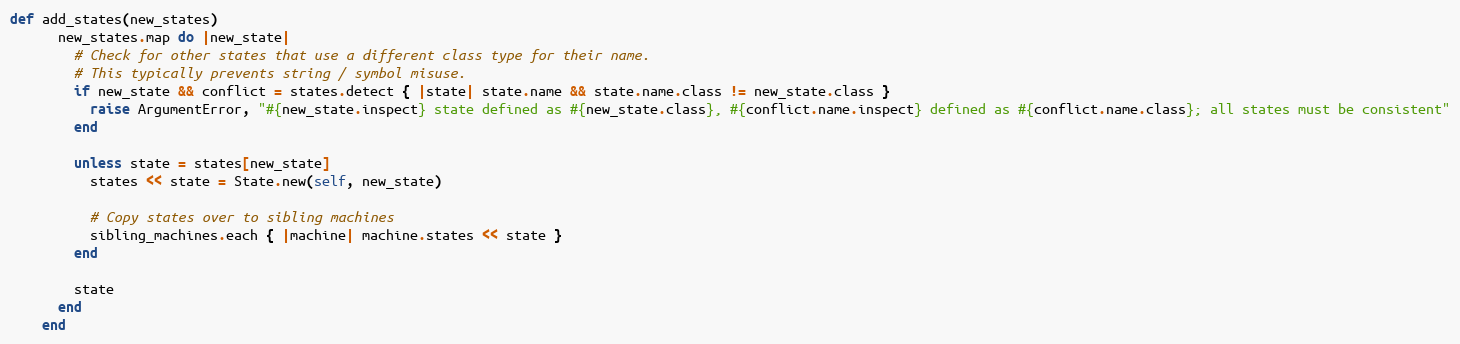
Language: Ruby
def add_states(new_states)
      new_states.map do |new_state|
        # Check for other states that use a different class type for their name.
        # This typically prevents string / symbol misuse.
        if new_state && conflict = states.detect { |state| state.name && state.name.class != new_state.class }
          raise ArgumentError, "#{new_state.inspect} state defined as #{new_state.class}, #{conflict.name.inspect} defined as #{conflict.name.class}; all states must be consistent"
        end

        unless state = states[new_state]
          states << state = State.new(self, new_state)

          # Copy states over to sibling machines
          sibling_machines.each { |machine| machine.states << state }
        end

        state
      end
    end